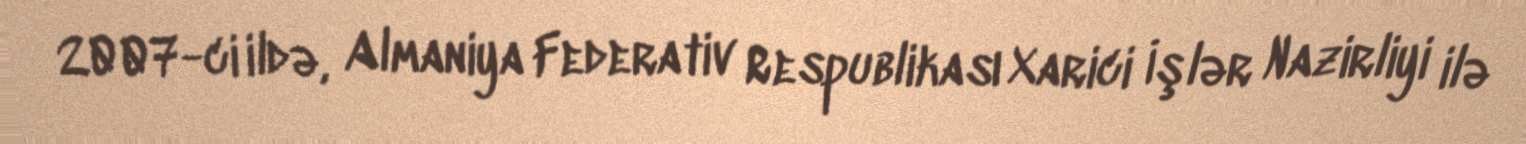
2007-ci ildə, Almaniya Federativ Respublikası Xarici İşlər Nazirliyi ilə